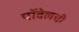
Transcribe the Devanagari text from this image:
पॉवेलची